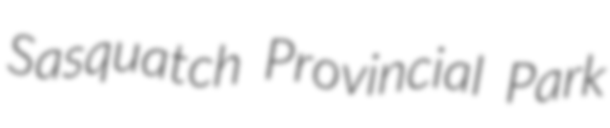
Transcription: Sasquatch Provincial Park